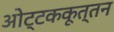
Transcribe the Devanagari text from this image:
ओट्टककूत्तन